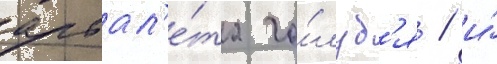
арбал'е́та го́луб'я / и́